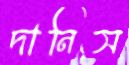
দানিস